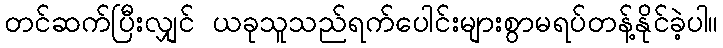
တင်ဆက်ပြီးလျှင် ယခုသူသည်ရက်ပေါင်းများစွာမရပ်တန့်နိုင်ခဲ့ပါ။